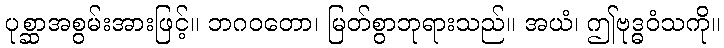
ပုစ္ဆာအစွမ်းအားဖြင့်။ ဘဂဝတော၊ မြတ်စွာဘုရားသည်။ အယံ၊ ဤဗုဒ္ဓဝံသကို။